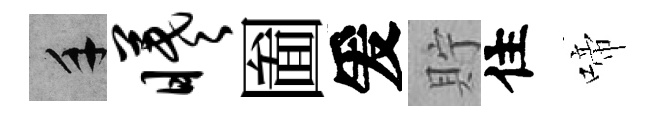
手曦圗爰貯住啼